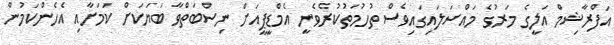
އަފްރާޝިމް އަލީގެ މަރުގެ މައްސަލައިގައިވެސް ތުހުމަތުކުރެވެނީ އެމްޑީޕީއަށް ނިސްބަތްވާ ބަޔަކަށް ކަމަށާއި އެހެންކަމުން